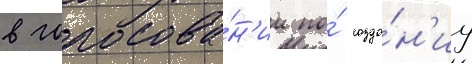
в голосова́н'ии по́ созда́н'иу